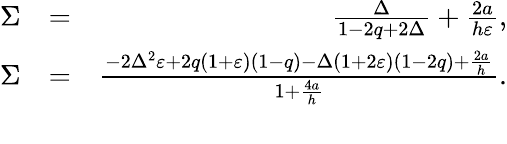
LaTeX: \begin{array}{rlr}{\Sigma}&{=}&{\frac{\Delta}{1-2q+2\Delta}+\frac{2a}{h\varepsilon},}\\ {\Sigma}&{=}&{\frac{-2\Delta^{2}\varepsilon+2q(1+\varepsilon)(1-q)-\Delta(1+2\varepsilon)(1-2q)+\frac{2a}{h}}{1+\frac{4a}{h}}.}\\ &{}&\end{array}